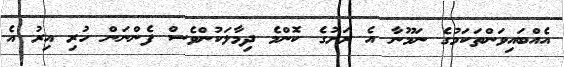
އެއްބައިވަންތަކަމުގެ ނަމޫނާ އެ ރަށުގެ ކޮންމެ ދިމާލަކުންވެސް ފެންނަން ހުރި އިރު އެ